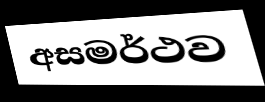
අසමර්ථව